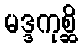
မဒ္ဒကုစ္ဆိ